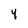
Character: 4